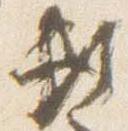
頼